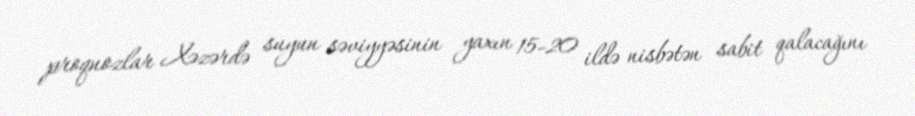
proqnozlar Xəzərdə suyun səviyyəsinin yaxın 15-20 ildə nisbətən sabit qalacağını